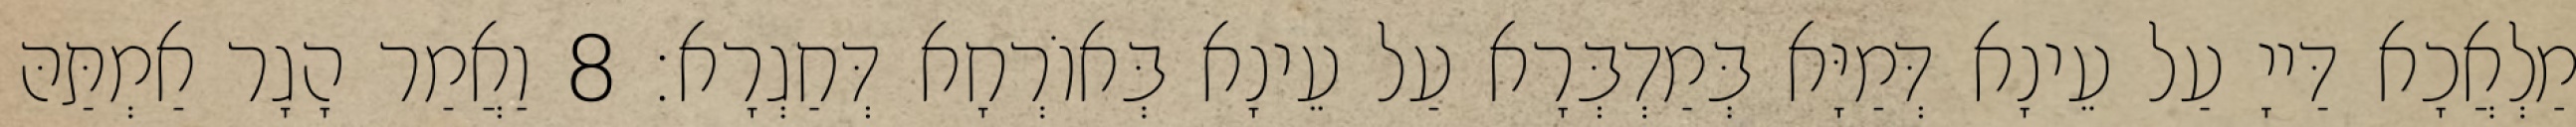
מַלְאֲכָא דַּייָ עַל עֵינָא דְּמַיָּא בְּמַדְבְּרָא עַל עֵינָא בְּאוֹרְחָא דְּחַגְרָא׃ 8 וַאֲמַר הָגָר אַמְתַּהּ